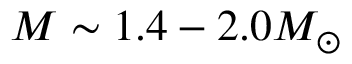
M \sim 1 . 4 - 2 . 0 M _ { \odot }